Newspaper: Democratic Northwest. [volume]
Place of publication: Napoleon, Ohio
Publisher: Coughlin & Hubbard
Date: 1885-07-16 00:00:00
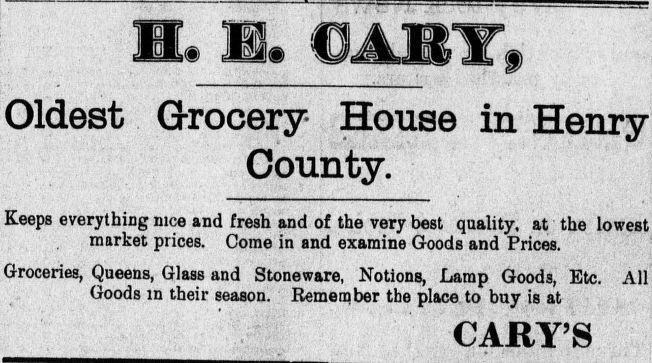
Advertisement text (OCR):
Oldest Grocery County. Keeps everything nice and fresh and of . .. market prices, uome in ana Groceries, Queens, Glass and Stoneware, Goods m their season. Remember the place to buy is at CARY'S House in Henry the very best quality, at the lowest examine lioods and rnces. Notions, Lamp Goods, Etc. All
Label: text-only